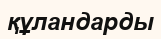
құландарды